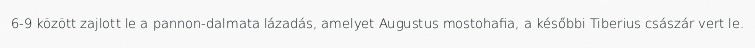
6-9 között zajlott le a pannon-dalmata lázadás, amelyet Augustus mostohafia, a későbbi Tiberius császár vert le.